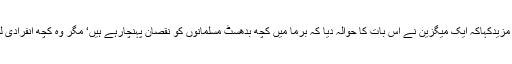
انہوں نے مزیدکہاکہ ایک میگزین نے اس بات کا حوالہ دیا کہ برما میں کچھ بدھسٹ مسلمانوں کو نقصان پہنچارہے ہیں‘ مگر وہ کچھ انفرادی لوگ ہیں‘‘۔